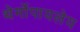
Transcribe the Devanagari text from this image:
थेर्मोपायलेय